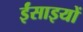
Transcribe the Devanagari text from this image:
ईंसाइयों